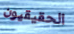
الحقيقيون